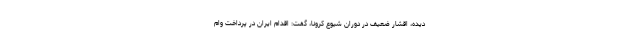
دیده، اقشار ضعیف در دوران شیوع کرونا، گفت: اقدام ایران در پرداخت وام